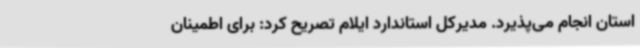
استان انجام می‌پذیرد. مدیرکل استاندارد ایلام تصریح کرد: برای اطمینان